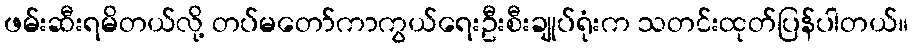
ဖမ်းဆီးရမိတယ်လို့ တပ်မတော်ကာကွယ်ရေးဦးစီးချုပ်ရုံးက သတင်းထုတ်ပြန်ပါတယ်။